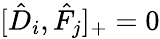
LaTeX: [\hat{D}_{i},\hat{F}_{j}]_{+}=0